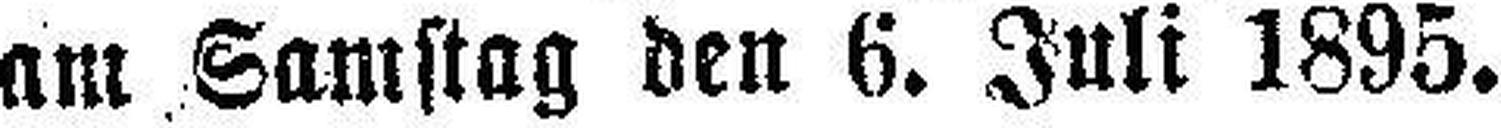
am Samstag den 6. Juli 1895.